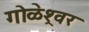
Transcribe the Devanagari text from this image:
गोळेश्र्वर